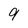
Character: 9